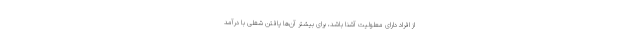
از افراد دارای معلولیت آشنا باشد، برای بیشتر آن‌ها یافتن شغلی با درآمد